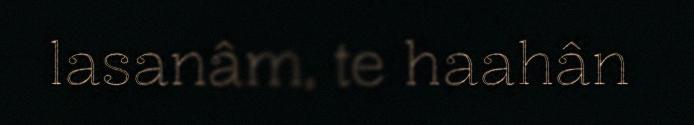
lasanâm, te haahân